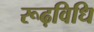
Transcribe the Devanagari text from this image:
रूढ़विधि